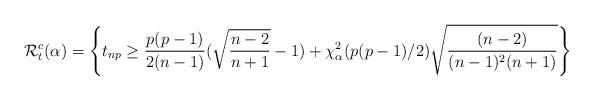
LaTeX: \begin{align*}\mathcal{R}_{t}^c(\alpha)=\left\{t_{np}\ge \frac{p(p-1)}{2(n-1)}(\sqrt{\frac{n-2}{n+1}}-1)+\chi^2_{\alpha}(p(p-1)/2)\sqrt{\frac{(n-2)}{(n-1)^2(n+1)}}\right\}\end{align*}